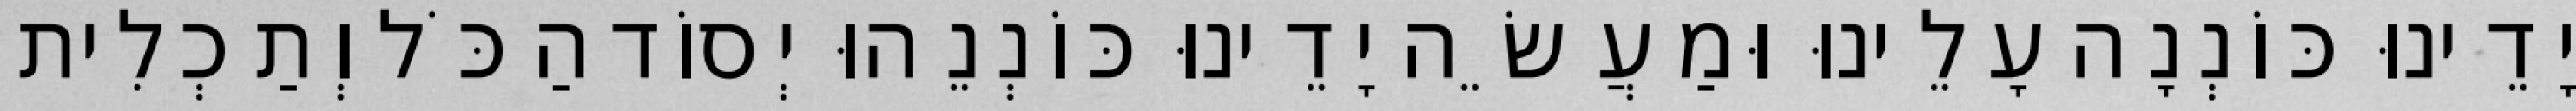
יָדֵינוּ כּוֹנְנָה עָלֵינוּ וּמַעֲשֵׂה יָדֵינוּ כּוֹנְנֵהוּ יְסוֹד הַכֹּל וְתַכְלִית